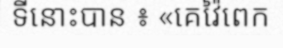
ទីនោះបាន ៖ «គេវ៉ៃពេក